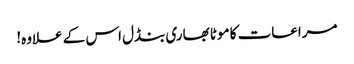
مراعات کا موٹا بھاری بنڈل اس کے علاوہ!